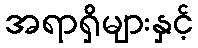
အရာရှိများနှင့်